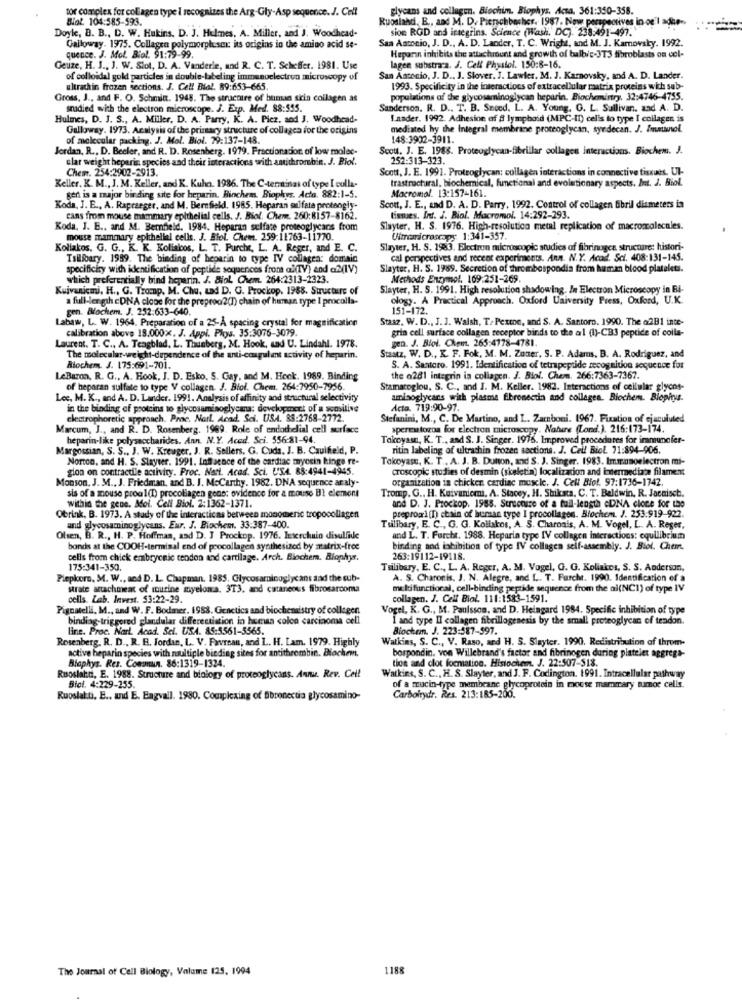
glycans and collagen. Biochim. Biophys, Acsa. 361:350-358.
Blot. 104:585-593.
tor complex for collagen type I recognizes the Arg-Gly-Asp sequence. J. Call
Ruosland, E ., and M. D. Pienschbacher. 1987. Now perspectives in og
Doyle, B. B ., D. W. Hukins, D. J. Hulmes, A. Miller, and J. Woodhead-
sion RGD and integrins. Science (Wash, DC). 238:491-497.
San Antonio, J. D ., A. D. Lander, T. C. Wright, and M. J. Karovsky. 1992.
Galloway. 1975. Collagen polymorphesex: its origins in the amino acid se-
quence. J. Mol. Biol. 91:79-99.
Heparin inhibits the attachmount and growth of balbic-3T3 fibroblasts on col-
Geuze, H. J ., J. W. Slot, D. A. Vanderle, and R. C. T. Scheffer. 1981. Use
lagen substra a. J. Cell Physiol. 150:8-16.
of colloidal gold particles in double-bbeling immunoelectron microscopy of
San Antonio, J. D ., J. Stover, J. Lawler, M. J. Karovsky, and A. D. Lander.
ultrathin frozen sections. J. Cell Bial. 89:653-665
1993. Specificity in the interactions of extracellular raatrix proteins wich sub-
Gross, J ., and F. O. Schmia. 1948. The structure of human sirin collagen as
populations of the glycosaminoglycan heparin. Biochemistry, 32:4746-4755.
snadied with the electron microscope. J. Exp. Med. 88:555.
Sanderson. R. D ., T. B. Sneed. L. A. Young. G. L. Sullivan, and A. D.
Hulmes, D. J. S ., A. Miller, D. A. Parry, K. A. Picz. and J. Woodhead-
I.nader, 1992. Adhesion of 8 lymphoid (MPC-II) celis to type I collagen is
Galloway. 1973. Analysis of the primary structure of collagea for the origins
mediated hy the Integral membrane proteoglycan, syrdecan. J. Immunol
of molecular packing. J. Mol. Biol. 79:137-148.
148:3902-3911.
Jordan, R ., D. Beeler, and R. D. Rosenberg. 1979. Fractionation of low molec-
Scout. J. E. 1988. Proteoglycan-fibrillar collages interactions. Biochem. J.
ular weight heparin species and their interactions with amithrombin. J. Biol.
252:313-323.
Chem. 254:2902-2913.
Scott, J. E. 1991. Proteoglycan: collagen interactions in connective tissues. Ul-
trastructural, biochemical, functional and evolutionary aspects. Int. J. Biol.
Keller. K. M ., J. M. Keller, and K. Kuhn. 1986. The C-terminas of type I colla-
Macromol. 13:157-161.
gen is a major binding site for heparin. Biochem. Biophys. Acto. 882:1-5.
Koda, J. E ., A. Rapraeger, and M. Bernfield. 1985. Heparan sulfate proteogly-
Scott, J. E ., and D. A. D. Parry, 1992. Control of collagen fibrill diameters in
cans from mouse mammary epithelial cells. J. Biol. Chem. 260:8157-8162.
tismies. Int. J. Biol. Macromol. 14:292-293.
Koda, J. B ., and M. Bernfield. 1984. Heparan sulfate proteoglycans from
Slayter, H. S. 1976. High-resolution metal replication of macroacalscales.
mouse mammary epithelial cells. J. BloL Chem. 259:11763-11770.
Ultrcaricroscopy 1:341-357.
Kollakos. G. G ., K. K. Kolisicos, L. T. Purche, L. A. Reger, and E. C.
Slayter, H. S. 1983. Electron microscopic studies of fibrinogea structure: histori-
Tsilibary. 1989. The binding of heparin to type IV collagen: domain
cal perspectives and recent experiments. Ann. N.Y. Acod. Sci. 408:131-145.
specificity with identification of peptide sequences from al(TV) and a2(IV)
Slayter, H. S. 1989. Secretion of thrombospondia from human blood platelets.
which preferentially bind heparin. J. Biol Chem. 264:2313-2323.
Methods Enzymol. 109:251-269.
Kuivanicmi, H ., G. Tromp. M. Chu, Lad D. G. Prockop. 1968. Structure of
Slayter, H. S. 1991. High resolution shadowing. In Electron Microscopy in Bi-
a full-length cDNA close for the preprod2(1) chain of himman type I procolla
ology. A Practical Approach. Oxford University Press, Oxford, U.K.
gen. Blochem. J. 252:633-640.
151-172.
Labaw, L. W. 1964. Preparation of a 25-À spacing crystal for magnification
Stasz, W. D ., J. J. Walsh, T/ Pextoe, and S. A. Santoro. 1990. The a2B1 inte-
calibration above 18.000x. J. Appl. Phys. 35:3076-3079.
grin cell surface collagen receptor binds to the arl (1)-CB3 peptide of colla-
Laurent. T. C ., A. Teagblad. L. Thunberg, M. Hook, and U. Lindahl. 1978.
gen. J. Blol. Chem. 265:4778-4781.
The molecular-weight-dependence of the anti-coagulent activity of heparin.
Staatz, W. D ., K. F. Fok, M. M. Zoner, S. P. Adams. B. A. Rodriguez, and
Biochem. J. 175:691-701.
S. A. Santoro. 1991. Identification of tetrapeptide recognition sequence for
LeBaron, R. G ., A. Hook, J. D. Esko. S. Gay, and M. Heck. 1989. Binding
the a281 integrin in collagen. J. Biol. Chem. 266:7363-7367.
of heparan sulfate to type V collagen. J. Biol. Chem. 264:7950-7956.
Stamatoglou, S. C ., and J. M. Keller. 1982. Interactions of cellular glycos-
Lee, M. K ., and A. D. Lander. 1991. Analysis of affinity and structural selectivity
aminoglycans with plasma fibronectin and collagen. Biochem. Biophys.
in the binding of proteins to glycosaminoglycans: development of a sensitive
Acta. 719:90-97.
electrophoretic approach. Proc. Narl. Acad Sci. USA. 88:2768-2772.
Stefanini, M ., C. De Martino, and L. Zamboni. 1967. Fixation of ejaculuted
Marcum, J ., and R. D. Rosenberg. 1969. Role of endothelial cell surface
spermatozoa for electron microscopy. Nature (Lond.). 216:173-174.
heparin-like polysaccharides. Ann. N.Y. Aced. Sci. 556-81-94
Tokoyas, K. T ., and S. J. Singer. 1976. Improved procedures for immunofer-
Margossian, S. S ., J. W. Kreuger, J. R. Sellers, G. Cuda. J. B. Caulfield, P.
ritin labeling of ultrashin frozen sactions. J. Cell Biol 71:894-906.
Norton, and H. S. Stayser. 1991. Influence of the cardiac myosin kinge re-
Tokoyase, K. T ., A. J. B. Dutton, and S. J. Singer. 1983. Immunoelectron mi-
gion on contractile activity. Proc. Nari. Acad. Sci. USA. 88:4941-4945.
croscopic studies of desmin (skeletin) localizacion and intermediate filament
Monson. J. M ., J. Friedman, and B. J. Mccarthy. 1982. DNA sequence araly.
organization in chicken cardiac muscle. J. Cell Blot. 97:1736-1742.
sis of a mouse proal(D) procollagen gone: evidence for a mouse BI element
Tromp. G ., H. Kuivaniemi, A. Stacey, H. Shikata. C. T. Baldwin, R. Jacaisch.
within the gene. Moi. Cell Biol. 2:1362-1371.
and D. J. Prockop, 1985. Screensce of a full-length cDNA cloce for the
Obrink, B. 1973. A study of the interacticas between monomeric tropocollagen
preproxl(I) chain of human type I procollagen. Biochem. J. 253.919-922.
and glycosaminoglycans. Eur. J. Biochem. 33:387-400.
Tulibary, E. C ., G. G. Kollakos, A. S. Charonis, A. M. Vogel, L. A. Reser,
Olsen, B. R ., H. P. Hoffman, and D. J Prockop. 1976. Interchain disulfide
and L. T. Furcht. 1988. Heparin type IV collagen interactions: equilibrium
bonds at the COOH-terminal end of procollagen synthesized by matrix-free
binding and inhibition of type IV collagen self-assembly. J. Biol. Chem.
cells from chick embryonic tendon and cartilage. Arch. Blochem. Biophys.
263:19112-19118.
175:341-350.
Tsilibary, E. C ., L. A. Reger, A. M. Vogel, G. G. Koliakes, S. S. Anderson,
Piepkorn, M. W ., and D. L. Chapman. 1985. Glycosaminoglycans sad the sub-
A. S. Charonis, J. N. Alegre, and L. T. Furcht. 1990. Identification of a
strate attachment of murine myeloma. 313, and cutaneous fibrosarcoma
multifunctional, cell-binding peptide sequence from the ai(NC1) of type IV
cells. Lab. Invest. 53:22-29.
collagen. J. Cell Biol. 111:1583-1591.
Pignatelli, M ., and W. F. Bodmer. 1988. Genetics and biochemistry of collegen.
Vogel, K. G ., M. Paulsson, and D. Heingard 1984. Specific inhibition of type
binding-triggered glandular differentiation in heeua colon carcinoma cell
I and type II collagen fibrillogenesis by the small proteoglycan of tendon.
line. Proc. Narl. Acad. Sci. USA. 85:5561-5565.
Biochem. J. 223:587-597.
Rosenberg, R. D ., R. B. Jordan, L. V. Favreau, and L. H. Lam. 1979. Highly
Watkins, S. C ., V. Raso, and H. S. Slayter. 1990. Redistribution of throm-
active heparin species with multiple binding sites for antithrombin. Biochem.
Biophys. Res. Cononun. 86:1319-1324.
bospondin. von Willebrand's factor and fibrinogen during platelet aggrega-
tion and clot formation. Histochem. J. 22:507-513.
Ruostatni, E. 1988. Structure and biology of proteoglycans. Ann. Rev. Cell
Watkins, S. C ., H. S. Slayter, and J. F. Codington. 1991. Intracellular pathway
Biot. 4:229-255.
of a mucin-type membrane glycoprotein in mouse mammary tumor cells.
Ruoslakti, E ., and E. Engvall. 1980. Complexing of fibrenectia glycosamino-
Carbolrydr. Res. 213:185-200.
The Journal of Cell Biology, Volume 125, 1994
1188